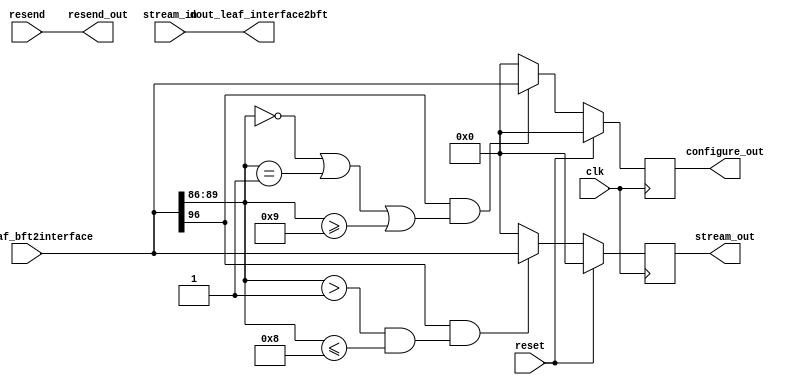
`timescale 1ns / 1ps
//////////////////////////////////////////////////////////////////////////////////
// Company: 
// Engineer: 
// 
// Design Name: 
// Module Name: ExtractCtrl
// Project Name: 
// Target Devices: 
// Tool Versions: 
// Description: 
// 
// Dependencies: 
// 
// Revision:
// Revision 0.01 - File Created
// Additional Comments:
// 
//////////////////////////////////////////////////////////////////////////////////

`define INPUT_PORT_MAX_NUM 8
`define OUTPUT_PORT_MIN_NUM 9
module Extract_Control # (
    parameter PACKET_BITS = 97,
    parameter NUM_LEAF_BITS = 6,
    parameter NUM_PORT_BITS = 4
    )(
    input clk,
    input reset,
    
    //bft_side
    output [PACKET_BITS-1:0] dout_leaf_interface2bft,
    input [PACKET_BITS-1:0] din_leaf_bft2interface,
    input resend,
    
    //stream flow control side
    output reg [PACKET_BITS-1:0] stream_out,
    output resend_out,
    input [PACKET_BITS-1:0] stream_in,
    
    //Config Control side
    output reg [PACKET_BITS-1:0] configure_out
    );
    
    
    wire vldBit;
    wire [NUM_LEAF_BITS-1:0] leaf;
    wire [NUM_PORT_BITS-1:0] port;
    
    assign vldBit = din_leaf_bft2interface[PACKET_BITS-1]; // 1 bit
    assign leaf = din_leaf_bft2interface[PACKET_BITS-2:PACKET_BITS-1-NUM_LEAF_BITS];
    assign port = din_leaf_bft2interface[PACKET_BITS-1-NUM_LEAF_BITS-1:PACKET_BITS-1-NUM_LEAF_BITS-NUM_PORT_BITS];

    assign resend_out = resend;
    assign dout_leaf_interface2bft = stream_in;
    
    //outputs for config control module
    always@(posedge clk) begin
        if(reset)
            configure_out <= 0;
        else if(vldBit && ((port == 0) || (port == 1) || (port >= `OUTPUT_PORT_MIN_NUM)))
            configure_out <= din_leaf_bft2interface;
        else 
            configure_out <= 0; 
    end

    //outputs for stream flow control
    always@(posedge clk) begin
        if(reset)
            stream_out <= 0;
        else if(vldBit && ((port > 1) && (port <= `INPUT_PORT_MAX_NUM)))
            stream_out <= din_leaf_bft2interface;
        else 
            stream_out <= 0; 
    end    
    
    
endmodule